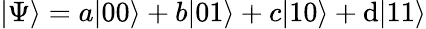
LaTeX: |\Psi\rangle=a|00\rangle+b|01\rangle+c|10\rangle+\mathrm{d}|11\rangle